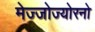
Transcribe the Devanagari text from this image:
मेज्जोज्योरनो